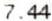
7.44